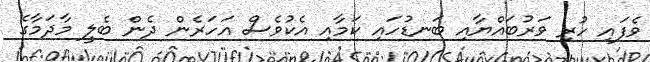
ވެފައި ހުރި ވަރުބައްޔާއި ބަނޑުހައި ކަމާއި އެކުވެސް އަހަރެން ދެން ބެލީ މާދަމާގެ